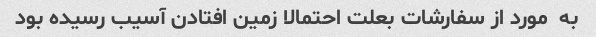
به  مورد از سفارشات بعلت احتمالا زمین افتادن آسیب رسیده بود